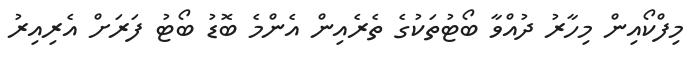
މިފްކޯއިން މިހާރު ދުއްވާ ބޯޓުތަކުގެ ތެރެއިން އެންމެ ބޮޑު ބޯޓު ފަރަށް އެރިއިރު